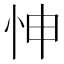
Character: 𢘊